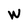
Character: W